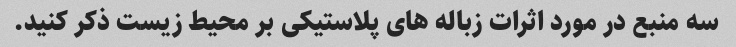
سه منبع در مورد اثرات زباله های پلاستیکی بر محیط زیست ذکر کنید.